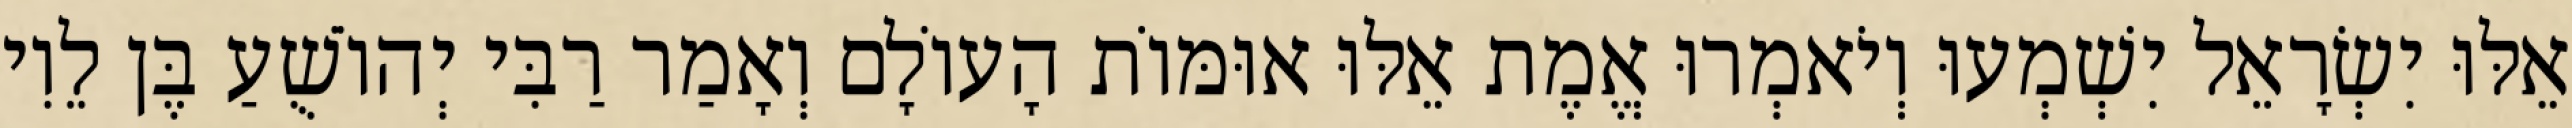
אֵלּוּ יִשְׂרָאֵל יִשְׁמְעוּ וְיֹאמְרוּ אֱמֶת אֵלּוּ אוּמּוֹת הָעוֹלָם וְאָמַר רַבִּי יְהוֹשֻׁעַ בֶּן לֵוִי